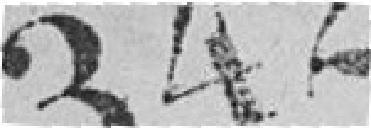
342